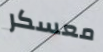
معسكر